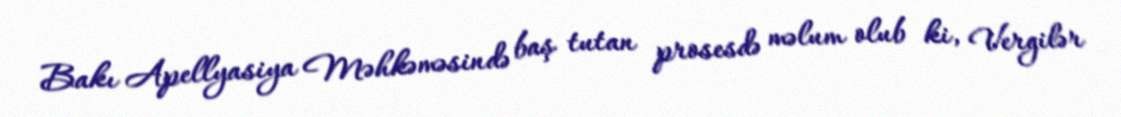
Bakı Apellyasiya Məhkəməsində baş tutan prosesdə məlum olub ki, Vergilər